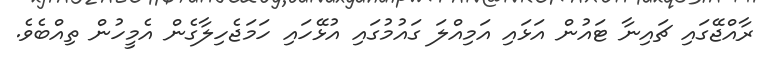
ރާއްޖޭގައި ޗައިނާ ޓައުން އަޅައި އަމިއްލަ ގައުމުގައި އުޅޭހައި ހަމަޖެހިލާގެން އެމީހުން ތިއްބެވެ.